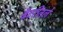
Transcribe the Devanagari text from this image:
बॅटरीतले